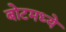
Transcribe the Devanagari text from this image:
बोटमध्ये